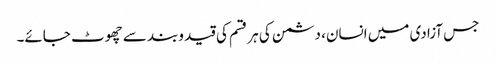
جس آزادی میں انسان، دشمن کی ہر قسم کی قید وبند سے چھوٹ جائے۔